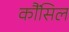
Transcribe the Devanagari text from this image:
कौंंसिल